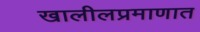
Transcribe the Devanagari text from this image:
खालीलप्रमाणात